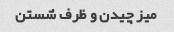
میز چیدن و ظرف شستن